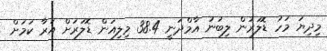
މިދިޔަ މަހު ޑޮލަރުން ލިބުނު އާމްދަނީ 38.4 މިލިއަން ޑޮލަރަށް އަރާ ކަމަށް